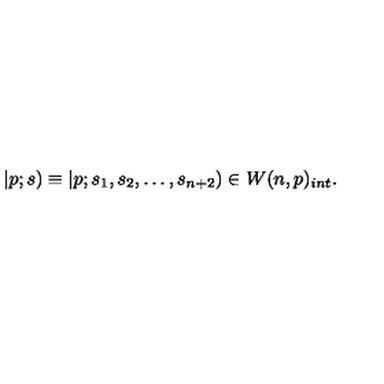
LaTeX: | p ; s ) \equiv | p ; s _ { 1 } , s _ { 2 } , \ldots , s _ { n + 2 } ) \in W ( n , p ) _ { i n t } .